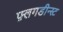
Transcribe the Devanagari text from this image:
फ़्लगडीन्स्ट